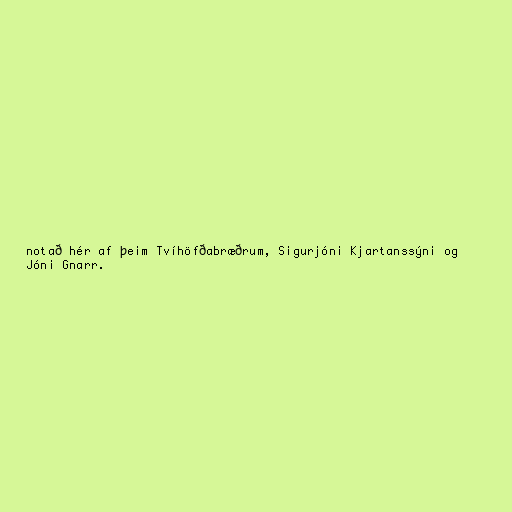
notað hér af þeim Tvíhöfðabræðrum, Sigurjóni Kjartanssýni og
Jóni Gnarr.